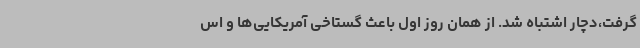
گرفت،دچار اشتباه شد. از همان روز اول باعث گستاخی آمریکایی‌ها و اس